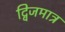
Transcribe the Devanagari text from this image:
द्विजमात्र